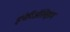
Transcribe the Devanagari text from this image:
इंपेरिॲलिझम